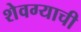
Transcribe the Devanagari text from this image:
शेवग्याची